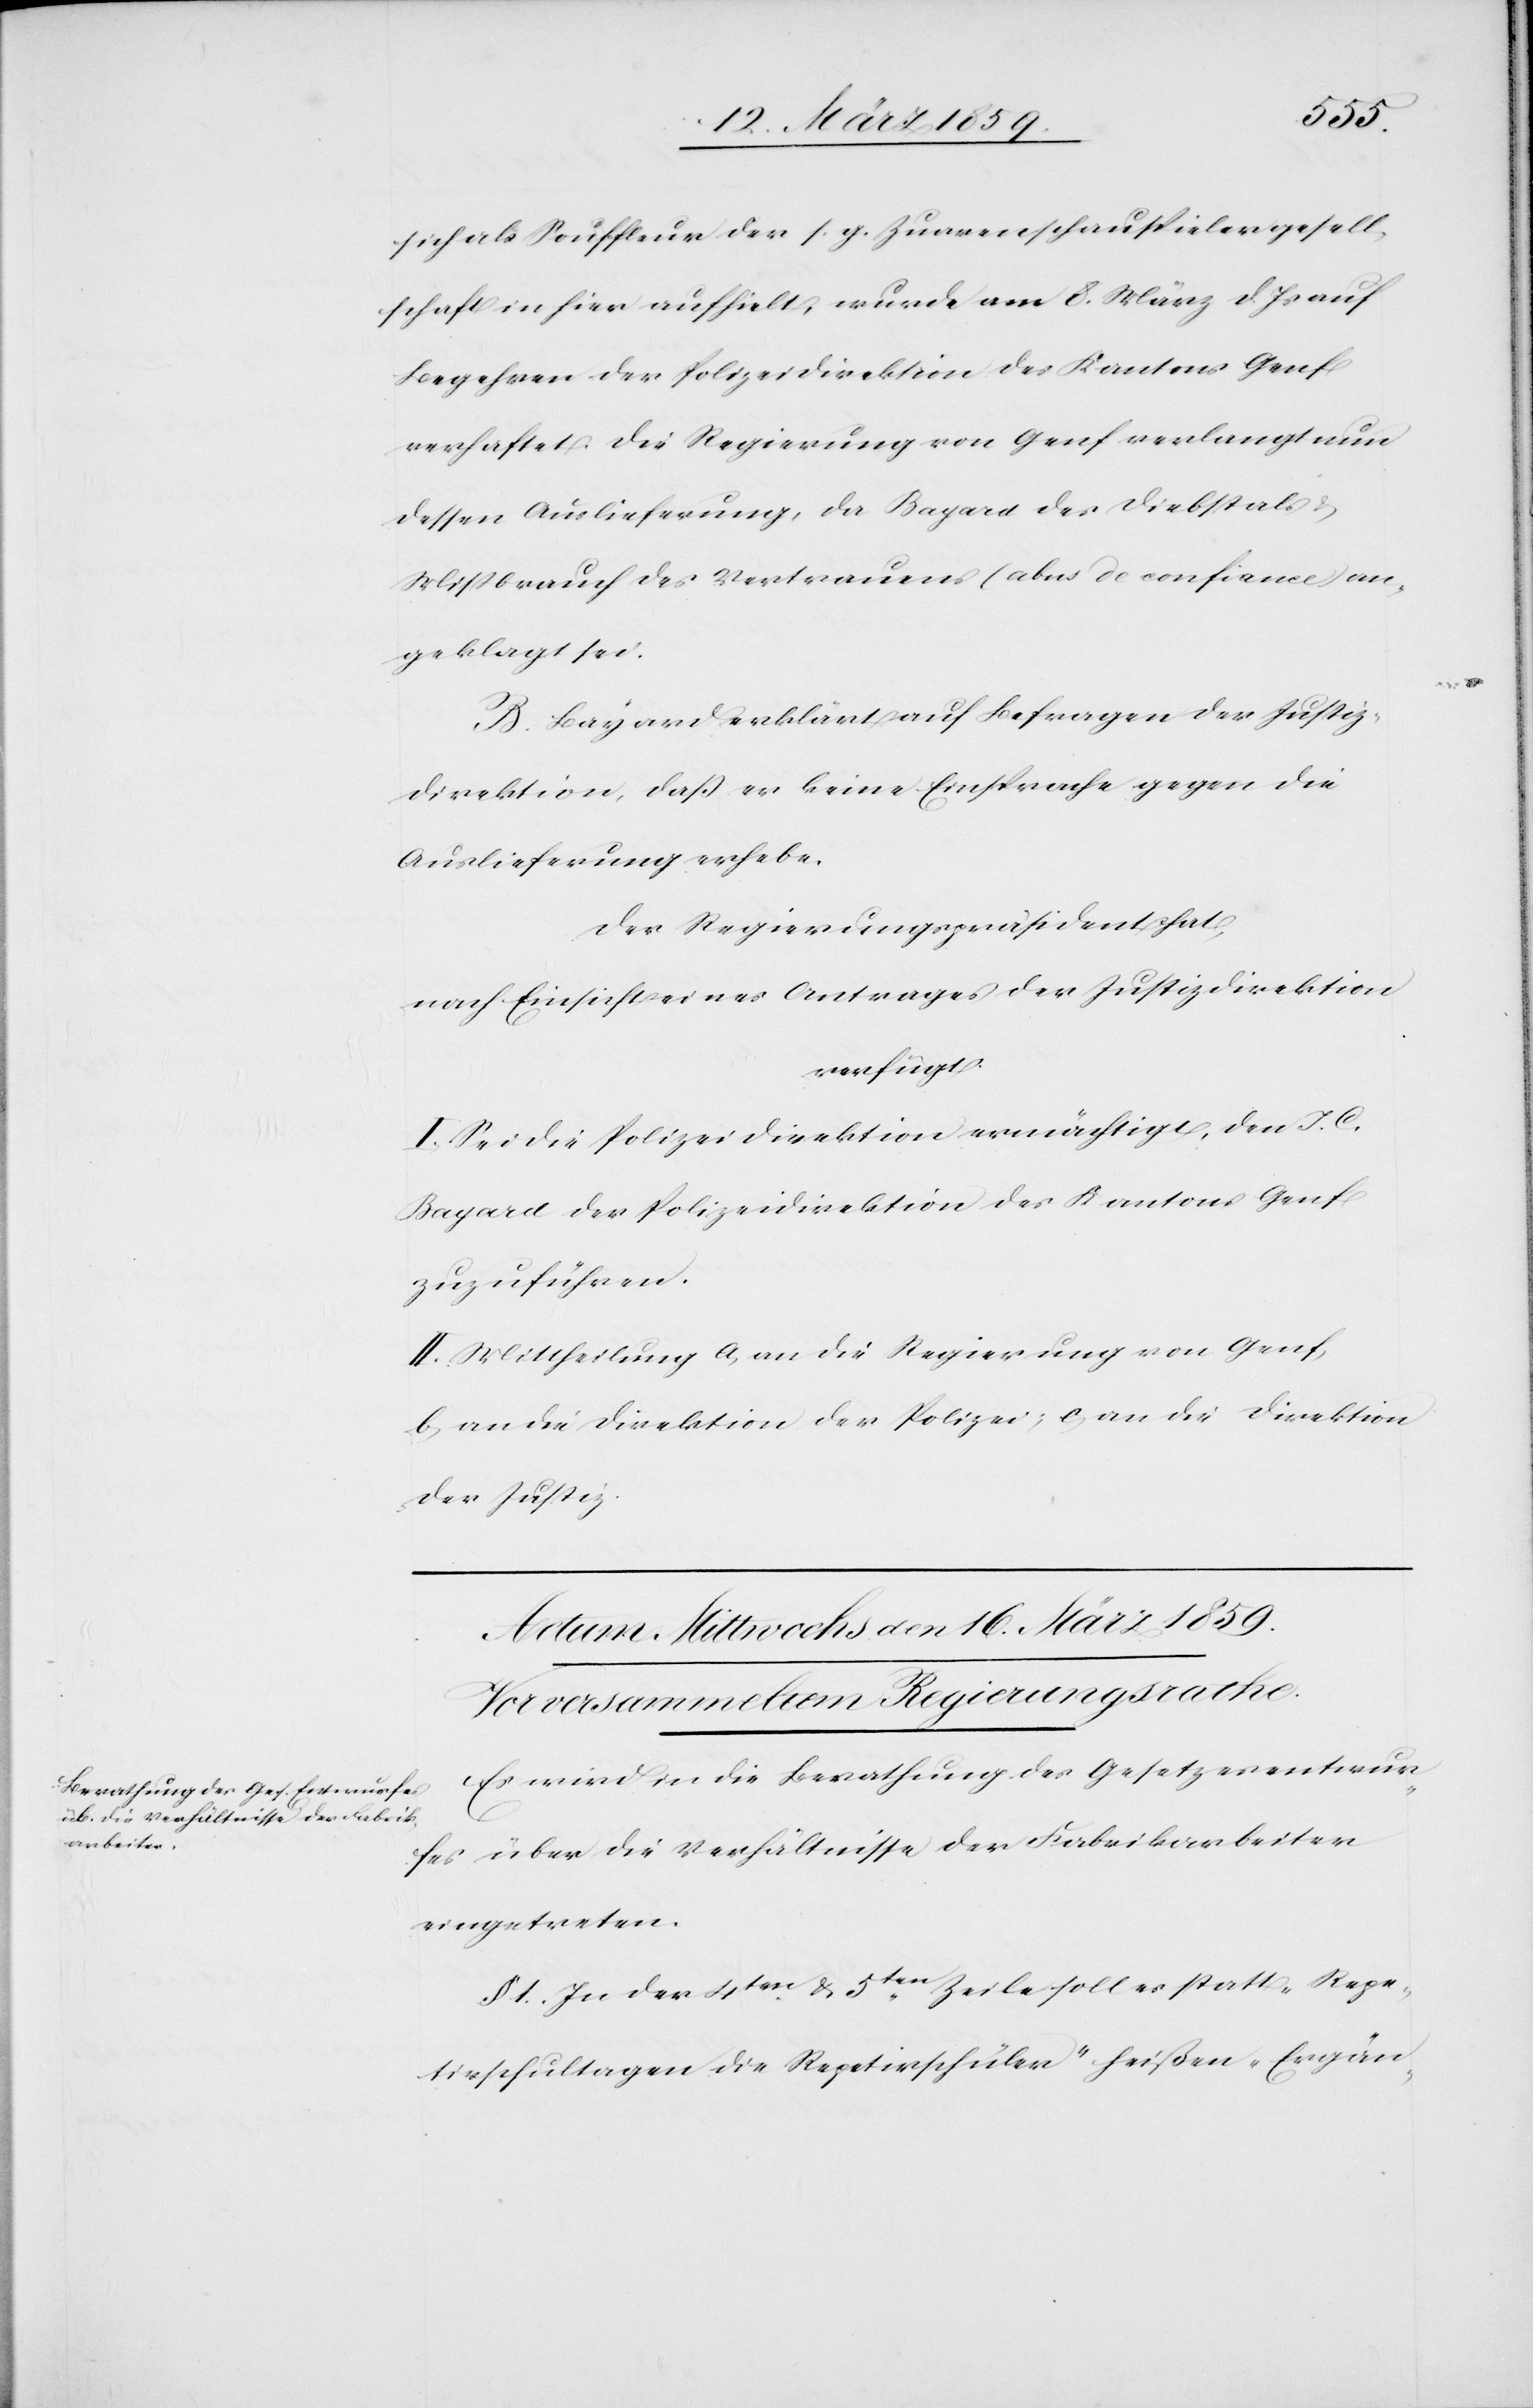
sich als Souffleur der s. g. Zuavenschauspielergesell¬
schaft in hier aufhielt, wurde am 8. März d. Js auf
Begehren der Polizeidirektion des Kantons Genf
verhaftet. Die Regierung von Genf verlangt nun
dessen Auslieferung, da Bayard des Diebstals &
Mißbrauch des Vertrauens (abus de confiance) an¬
geklagt sei.
B. Bayard erklärt auf Befragen der Justiz¬
direktion, daß er keine Einsprache gegen die
Auslieferung erhebe.
Der Regierungspräsident hat,
nach Einsicht eines Antrages der Justizdirektion
verfügt:
I. Sei die Polizeidirektion ermächtigt, den J. C.
Bayard der Polizeidirektion des Kantons Genf
zuzuführen.
II. Mittheilung a) an die Regierung von Genf,
b) an die Direktion der Polizei; c) an die Direktion
der Justiz.
Es wird in die Berathung des Gesetzesentwur¬
fes über die Verhältnisse der Fabrikarbeiter
eingetreten.
§ 1. In der 4ten & 5ten Zeile soll es statt „Repe¬
tivschultagen die Repetivschüler“ heißen „Ergän-